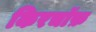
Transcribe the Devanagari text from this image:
किरचॉफ़